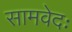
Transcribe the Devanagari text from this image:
सामवेदः